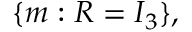
\{ m : R = I _ { 3 } \} ,